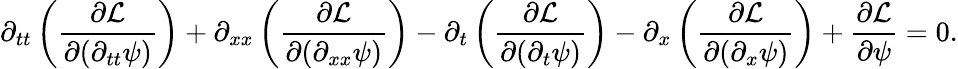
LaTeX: \partial_{tt}\left({\frac{\partial{\mathcal{L}}}{\partial(\partial_{tt}\psi)}}\right)+\partial_{xx}\left({\frac{\partial{\mathcal{L}}}{\partial(\partial_{xx}\psi)}}\right)-\partial_{t}\left({\frac{\partial{\mathcal{L}}}{\partial(\partial_{t}\psi)}}\right)-\partial_{x}\left({\frac{\partial{\mathcal{L}}}{\partial(\partial_{x}\psi)}}\right)+{\frac{\partial{\mathcal{L}}}{\partial\psi}}=0.